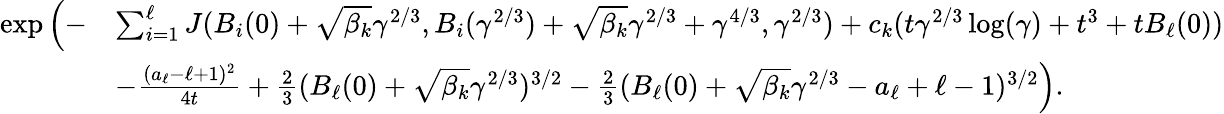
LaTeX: \begin{array}{rl}{\exp\Big(-}&{\sum_{i=1}^{\ell}J(B_{i}(0)+\sqrt{\beta_{k}}\gamma^{2/3},B_{i}(\gamma^{2/3})+\sqrt{\beta_{k}}\gamma^{2/3}+\gamma^{4/3},\gamma^{2/3})+c_{k}(t\gamma^{2/3}\log(\gamma)+t^{3}+tB_{\ell}(0))}\\ &{-\frac{(a_{\ell}-\ell+1)^{2}}{4t}+\frac{2}{3}(B_{\ell}(0)+\sqrt{\beta_{k}}\gamma^{2/3})^{3/2}-\frac{2}{3}(B_{\ell}(0)+\sqrt{\beta_{k}}\gamma^{2/3}-a_{\ell}+\ell-1)^{3/2}\Big).}\end{array}